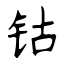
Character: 钴